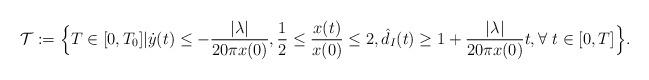
LaTeX: \begin{align*}\mathcal{T}:=\Big\{T\in [0,T_0] | \dot{y}(t)\leq -\frac{|\lambda|}{20\pi x(0)}, \frac{1}{2}\leq \frac{x(t)}{x(0)}\leq 2,\hat{d}_I(t)\geq 1+\frac{|\lambda|}{20\pi x(0)}t, \forall~t\in [0,T] \Big \}.\end{align*}